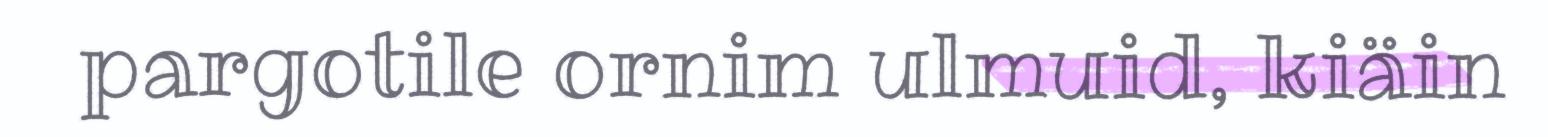
pargotile ornim ulmuid, kiäin